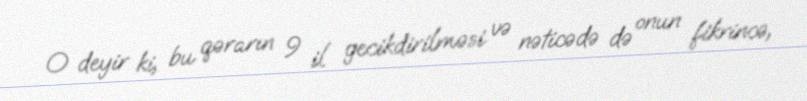
O deyir ki, bu qərarın 9 il gecikdirilməsi və nəticədə də onun fikrincə,